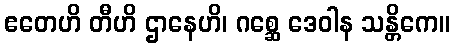
ဧတေဟိ တီဟိ ဌာနေဟိ၊ ဂစ္ဆေ ဒေဝါန သန္တိကေ။